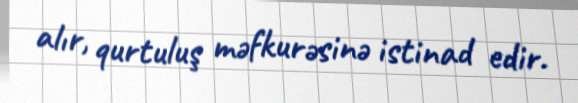
alır, qurtuluş məfkurəsinə istinad edir.